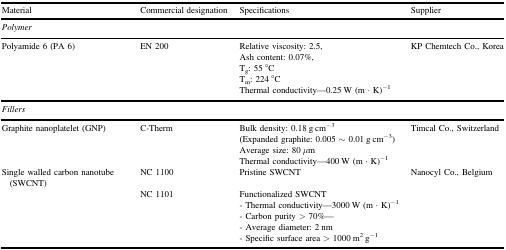
<table><thead><tr><td><b>Material</b></td><td><b>Commercial designation</b></td><td><b>Specifications</b></td><td><b>Supplier</b></td></tr></thead><tbody><tr><td><i>Polymer</i></td><td></td><td></td><td></td></tr><tr><td>Polyamide 6 (PA 6)</td><td>EN 200</td><td>Relative viscosity: 2.5,</td><td>KP Chemtech Co., Korea</td></tr><tr><td></td><td></td><td>Ash content: 0.07%,</td><td></td></tr><tr><td></td><td></td><td>T<sub>g</sub>: 55 °C</td><td></td></tr><tr><td></td><td></td><td>T<sub>m</sub>: 224 °C</td><td></td></tr><tr><td></td><td></td><td>Thermal conductivity—0.25 W (m · K)<sup>−1</sup></td><td></td></tr><tr><td><i>Fillers</i></td><td></td><td></td><td></td></tr><tr><td>Graphite nanoplatelet (GNP)</td><td>C-Therm</td><td>Bulk density: 0.18 g cm<sup>−3</sup></td><td>Timcal Co., Switzerland</td></tr><tr><td></td><td></td><td>(Expanded graphite: 0.005 ∼ 0.01 g cm<sup>−3</sup>)</td><td></td></tr><tr><td></td><td></td><td>Average size: 80 <i>μ</i>m</td><td></td></tr><tr><td></td><td></td><td>Thermal conductivity—400 W (m · K)<sup>−1</sup></td><td></td></tr><tr><td>Single walled carbon nanotube (SWCNT)</td><td>NC 1100</td><td>Pristine SWCNT</td><td>Nanocyl Co., Belgium</td></tr><tr><td></td><td>NC 1101</td><td>Functionalized SWCNT</td><td></td></tr><tr><td></td><td></td><td>- Thermal conductivity—3000 W (m · K)<sup>−1</sup></td><td></td></tr><tr><td></td><td></td><td>- Carbon purity &gt; 70%—</td><td></td></tr><tr><td></td><td></td><td>- Average diameter: 2 nm</td><td></td></tr><tr><td></td><td></td><td>- Specific surface area &gt; 1000 m<sup>2</sup> g<sup>−1</sup></td><td></td></tr></tbody></table>